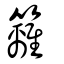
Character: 籬